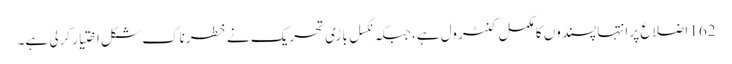
162 اضلاع پر انتہا پسندوں کا مکمل کنٹرول ہے، جبکہ نکسل باڑی تحریک نے خطرناک شکل اختیار کرلی ہے۔